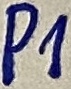
Text: P1